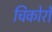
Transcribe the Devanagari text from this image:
चिकोर्रो